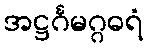
အဋ္ဌင်္ဂမဂ္ဂဓရံ